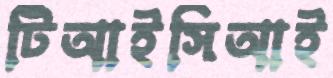
টিআইসিআই